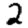
Digit: 2